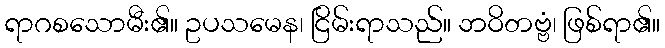
ရာဂစသောမီး၏။ ဥပသမေန၊ ငြိမ်းရာသည်။ ဘဝိတဗ္ဗံ၊ ဖြစ်ရာ၏။